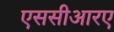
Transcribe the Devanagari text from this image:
एससीआरए